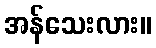
အန်သေးလား။